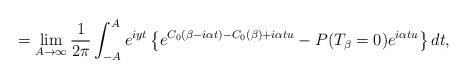
LaTeX: \begin{align*}=\lim_{A \rightarrow \infty} \frac{1}{2\pi} \int_{-A}^{A}e^{iyt}\left\{e^{C_0(\beta-i \alpha t)-C_0(\beta) +i \alpha t u}-P(T_\beta=0)e^{i \alpha t u}\right\} dt,\end{align*}